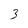
Character: 3